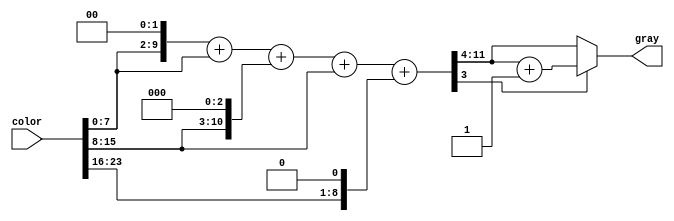
module grayscale(color,gray);
  input [23:0] color;
  output [7:0] gray;
  //reg [23:16]b;
//  reg [15:8]g;
//  reg [7:0]r;
  reg [7:0] gray;
  reg [7:0] tmp;
  reg [7:0] r,g,b;
  reg [11:0] test1;
/************ your code **************/


always @(color) begin
{r,g,b} = {color[7:0],color[15:8],color[23:16]};
test1 =  (r<<2)+(r)+(g<<3)+(g)+(b<<1);
test1 = (test1[3]==1'b1) ? (test1>>4)+12'b1 : test1>>4;
gray = {test1[7:0]};
end

/************************************/

endmodule